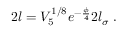
2 l = V _ { 5 } ^ { 1 / 8 } e ^ { - \frac { \phi } { 4 } } 2 l _ { \sigma } \; .